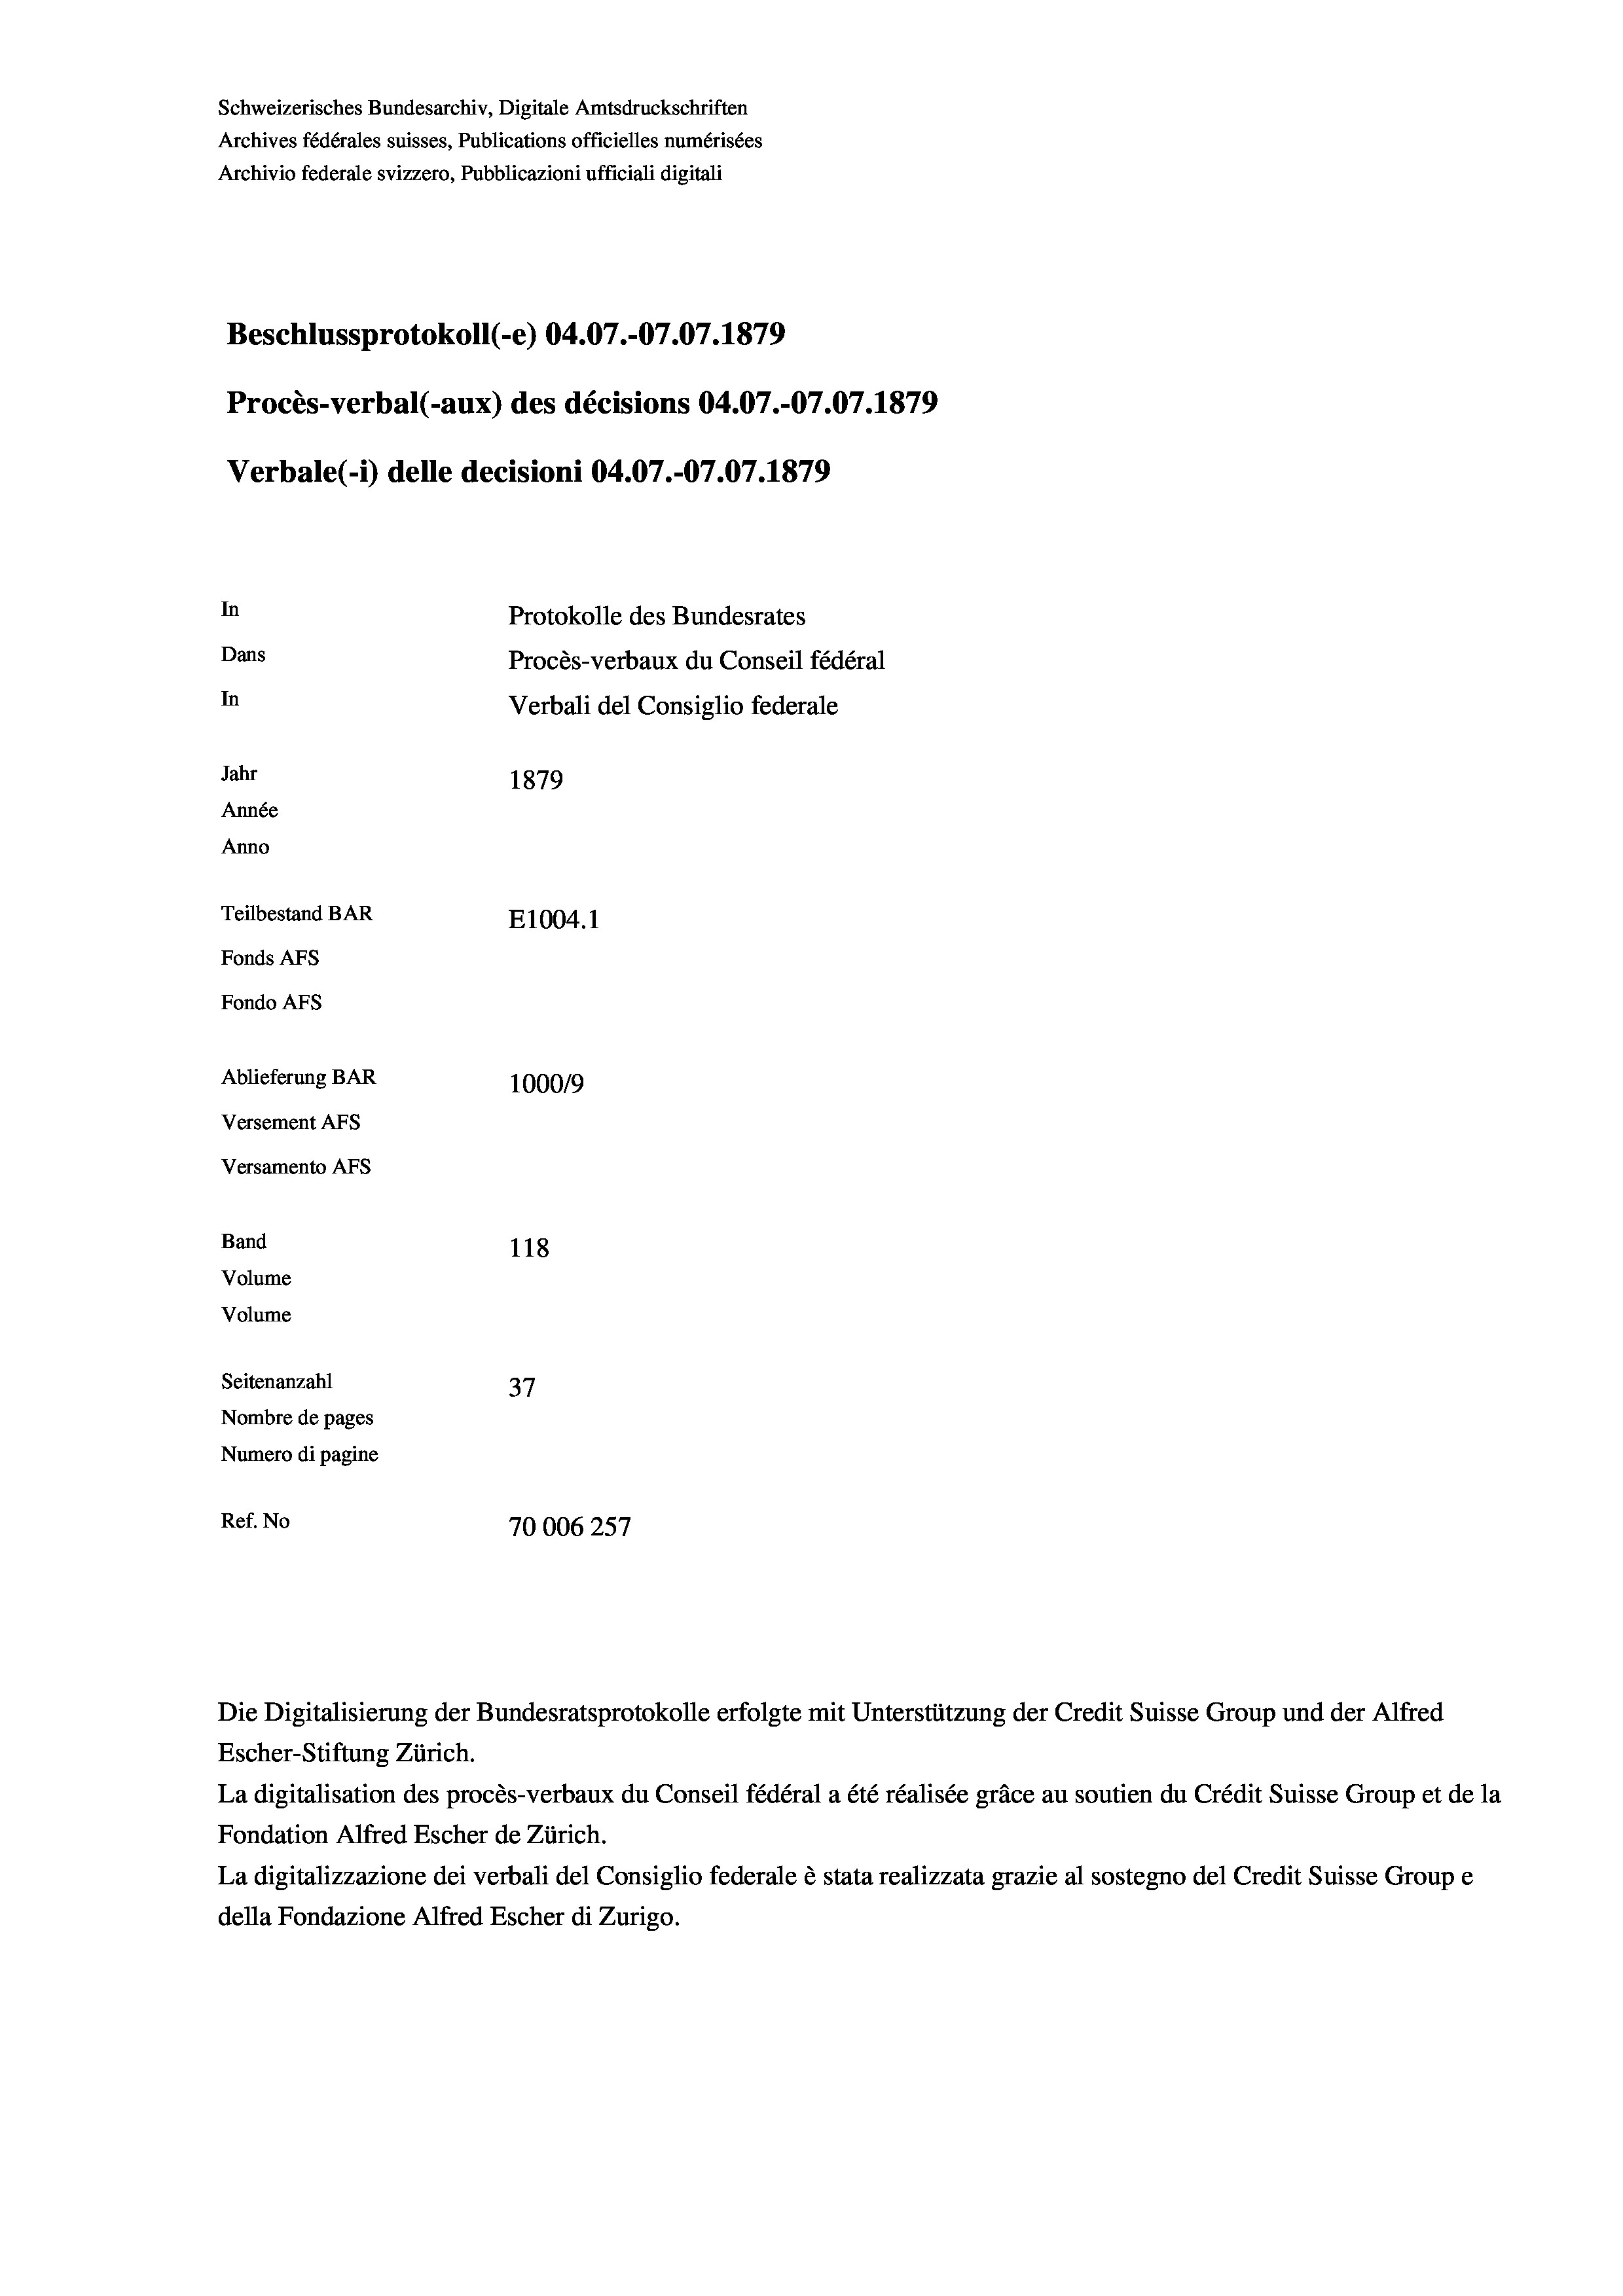
Schweizerisches Bundesarchiv, Digitale Amtsdruckschriften
Archives fédérales suisses, Publications officielles numérisées
Archivio federale svizzero, Pubblicazioni ufficiali digitali
¬
Beschlussprotokoll (e) 04.07.-07.07. 1879
Procès-verbal (-aux) des décisions 04.07.-07.07.1879
Verbale (- 1) delle decisioni 04.07.-07.07. 1879
In
Protokolle des Bundesrates
Dans
Procès-verbaux du Conseil fédéral
In
Verbali del Consiglio federale
Jahr
1879
Année
Anno
Teilbestand BAR
E1004. 1
Fonds AFs
Fondo AFS
Ablieferung BAR
100019
Versement AFs
Versamento Afs
Band
118
Volume
Volume
Seitenanzahl
7
Nombre de pages
Numero di pagine
Ref. No
70006257

Die Digitalisierung der Bundesratsprotokolle erfolgte mit Unterstützung der Credit Suisse Group und der Alfred
Escher-Stiftung Zürich.
La digitalisation des procès-verbaux du Conseil fédéral a été réalisée gräce au soutien du Crédit Suisse Group et de la
Fondation Alfred Escher de Zürich.
La digitalizzazione dei verbali del Consiglio federale è stata realizzata grazie al sostegno del Credit Suisse Groupe
della Fondazione Alfred Escher di Zurigo.